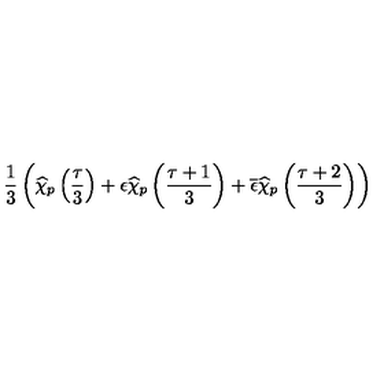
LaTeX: \frac { 1 } { 3 } \left( \widehat { \chi } _ { p } \left( \frac { \tau } { 3 } \right) + \epsilon \widehat { \chi } _ { p } \left( \frac { \tau + 1 } { 3 } \right) + \overline { { \epsilon } } \widehat { \chi } _ { p } \left( \frac { \tau + 2 } { 3 } \right) \right)